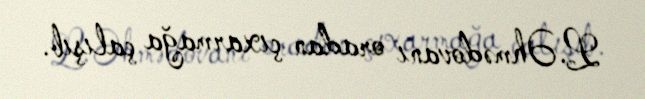
L.Əhmədovanı oradan çıxarmağa çalışıb.